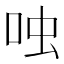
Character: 𫩮